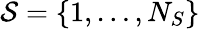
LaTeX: {\mathcal S}=\{ 1,\dots,N_{S}\}